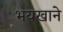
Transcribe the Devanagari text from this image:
भयखाने